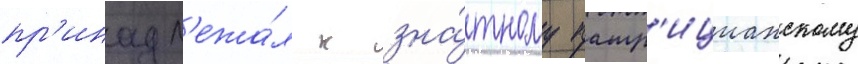
пр'инадл'ежа́л к зна́тному патр'ицианскому